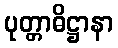
ပုတ္တာဓိဋ္ဌာနာ